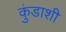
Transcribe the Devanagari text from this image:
कुंडाशी